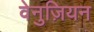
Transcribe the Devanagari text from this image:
वेनुज़ियन